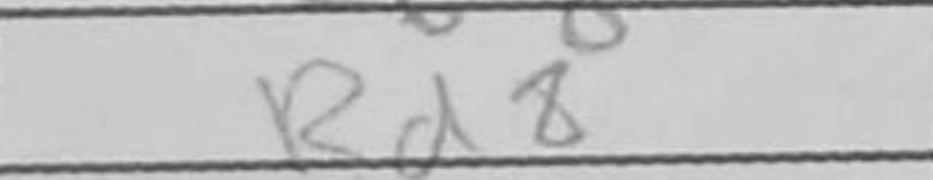
Transcription: Rd8